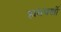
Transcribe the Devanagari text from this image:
हाथचर्खी